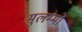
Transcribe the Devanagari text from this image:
मुलम्मों